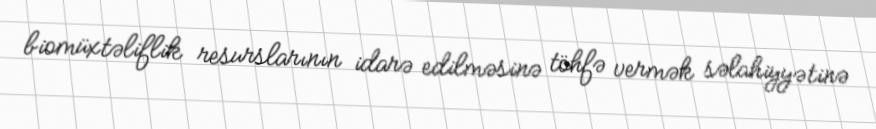
biomüxtəliflik resurslarının idarə edilməsinə töhfə vermək səlahiyyətinə